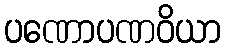
ပဏောပဏဝိယာ